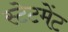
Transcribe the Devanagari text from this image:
स्‍टेटमेंट